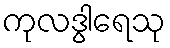
ကုလဒွါရေသု